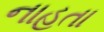
નાહતા